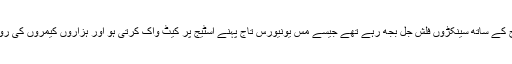
ہر زینے پر تالیوں کی گونج کے ساتھ سینکڑوں فلش جل بجھ رہے تھے جیسے مس یونیورس تاج پہنے اسٹیج پر کیٹ واک کرتی ہو اور ہزاروں کیمروں کی روشنیوں کا فوکس اُسی پر ہو۔